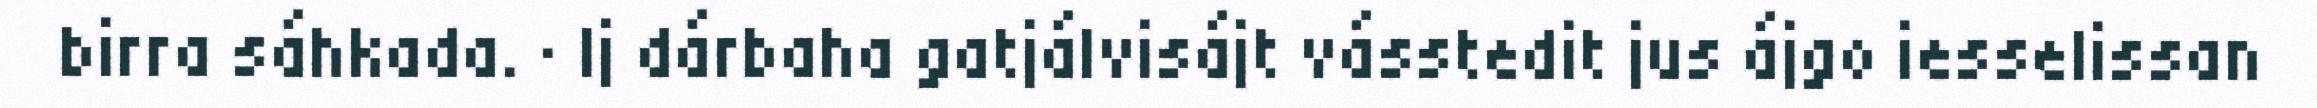
birra sáhkada. · Ij dárbaha gatjálvisájt vásstedit jus ájgo iesselissan